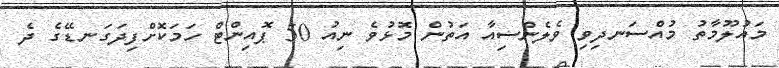
މައުލޫމާތު މުއްސަނދިވި ވެލެންސިއާ އަތުން މޮޅުވެ ނިއު 50 ޕޮއިންޓް ހަމަކޮށްފިދަގަނޑޭގެ ދެ